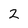
Character: 2